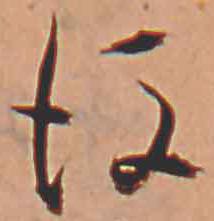
後